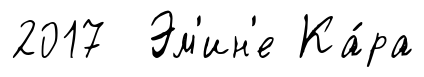
2017 Эм'ин'е Ка́ра